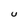
Character: U